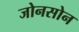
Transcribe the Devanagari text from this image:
जोनसोन